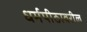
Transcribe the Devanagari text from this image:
धर्मपीठावरील